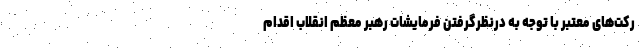
رکت‌های معتبر با توجه به درنظرگرفتن فرمایشات رهبر معظم انقلاب اقدام